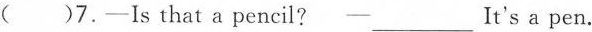
( )7.-Is that a pencil? -____ It's a pen.